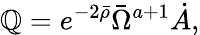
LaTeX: \mathbb{Q}=e^{-2\bar{{\rho}}}\bar{{\Omega}}^{a+1}\dot{{A}},